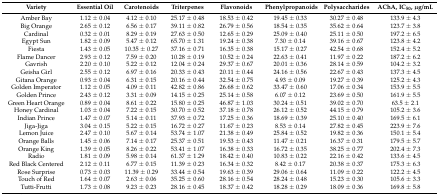
<table><thead><tr><td><b>Variety</b></td><td><b>Essential Oil</b></td><td><b>Carotenoids</b></td><td><b>Triterpenes</b></td><td><b>Flavonoids</b></td><td><b>Phenylpropanoids</b></td><td><b>Polysaccharides</b></td><td><b>AChA, IC<sub>50</sub>, μg/mL</b></td></tr></thead><tbody><tr><td>Amber Bay</td><td>1.12 ± 0.04</td><td>4.12 ± 0.10</td><td>25.17 ± 0.48</td><td>18.53 ± 0.42</td><td>19.45 ± 0.33</td><td>30.27 ± 0.48</td><td>133.9 ± 4.3</td></tr><tr><td>Big Orange</td><td>2.65 ± 0.12</td><td>6.56 ± 0.17</td><td>39.11 ± 0.82</td><td>26.79 ± 0.56</td><td>18.54 ± 0.35</td><td>35.62 ± 0.64</td><td>123.7 ± 3.8</td></tr><tr><td>Cardinal</td><td>0.32 ± 0.01</td><td>8.29 ± 0.19</td><td>27.63 ± 0.50</td><td>12.65 ± 0.29</td><td>25.09 ± 0.40</td><td>25.11 ± 0.50</td><td>197.2 ± 6.5</td></tr><tr><td>Egypt Sun</td><td>1.82 ± 0.09</td><td>5.47 ± 0.12</td><td>65.70 ± 1.31</td><td>19.24 ± 0.38</td><td>7.30 ± 0.14</td><td>39.16 ± 0.67</td><td>123.8 ± 4.2</td></tr><tr><td>Fiesta</td><td>1.43 ± 0.05</td><td>10.35 ± 0.27</td><td>37.16 ± 0.71</td><td>16.35 ± 0.38</td><td>15.17 ± 0.27</td><td>42.54 ± 0.68</td><td>152.4 ± 5.2</td></tr><tr><td>Flame Dancer</td><td>2.93 ± 0.12</td><td>7.59 ± 0.20</td><td>10.28 ± 0.19</td><td>10.52 ± 0.24</td><td>22.63 ± 0.41</td><td>11.97 ± 0.22</td><td>187.2 ± 6.2</td></tr><tr><td>Gavrish</td><td>2.20 ± 0.10</td><td>5.22 ± 0.12</td><td>12.04 ± 0.24</td><td>29.37 ± 0.67</td><td>20.01 ± 0.36</td><td>28.14 ± 0.59</td><td>104.2 ± 3.2</td></tr><tr><td>Geisha Girl</td><td>2.55 ± 0.12</td><td>6.97 ± 0.16</td><td>20.33 ± 0.43</td><td>20.11 ± 0.44</td><td>24.16 ± 0.56</td><td>22.67 ± 0.43</td><td>137.3 ± 4.5</td></tr><tr><td>Gitana Orange</td><td>0.93 ± 0.04</td><td>6.31 ± 0.15</td><td>20.16 ± 0.44</td><td>32.54 ± 0.75</td><td>4.93 ± 0.09</td><td>19.27 ± 0.39</td><td>125.2 ± 4.3</td></tr><tr><td>Golden Imperator</td><td>1.12 ± 0.05</td><td>4.09 ± 0.11</td><td>42.82 ± 0.86</td><td>26.68 ± 0.62</td><td>33.47 ± 0.60</td><td>17.06 ± 0.34</td><td>153.9 ± 5.5</td></tr><tr><td>Golden Prince</td><td>2.43 ± 0.12</td><td>3.31 ± 0.09</td><td>14.15 ± 0.25</td><td>25.14 ± 0.58</td><td>6.07 ± 0.12</td><td>23.69 ± 0.50</td><td>161.9 ± 5.5</td></tr><tr><td>Green Heart Orange</td><td>0.89 ± 0.04</td><td>8.61 ± 0.22</td><td>15.80 ± 0.25</td><td>46.87 ± 1.03</td><td>30.24 ± 0.51</td><td>39.02 ± 0.70</td><td>63.5 ± 2.1</td></tr><tr><td>Honey Cardinal</td><td>1.03 ± 0.04</td><td>7.22 ± 0.15</td><td>30.70 ± 0.52</td><td>37.18 ± 0.78</td><td>26.12 ± 0.52</td><td>44.15 ± 0.79</td><td>105.2 ± 3.6</td></tr><tr><td>Indian Prince</td><td>1.47 ± 0.07</td><td>5.14 ± 0.11</td><td>37.93 ± 0.72</td><td>17.25 ± 0.36</td><td>18.69 ± 0.39</td><td>25.10 ± 0.40</td><td>169.5 ± 6.1</td></tr><tr><td>Jiga-Jiga</td><td>3.04 ± 0.15</td><td>5.22 ± 0.15</td><td>16.72 ± 0.27</td><td>11.67 ± 0.23</td><td>8.53 ± 0.14</td><td>27.82 ± 0.45</td><td>223.9 ± 7.6</td></tr><tr><td>Lemon Juice</td><td>2.47 ± 0.10</td><td>5.67 ± 0.14</td><td>53.74 ± 1.07</td><td>21.38 ± 0.49</td><td>25.84 ± 0.52</td><td>19.82 ± 0.36</td><td>150.1 ± 5.4</td></tr><tr><td>Orange Balls</td><td>1.45 ± 0.06</td><td>7.14 ± 0.17</td><td>25.37 ± 0.51</td><td>19.53 ± 0.43</td><td>11.47 ± 0.21</td><td>16.37 ± 0.31</td><td>179.5 ± 5.7</td></tr><tr><td>Orange King</td><td>1.39 ± 0.05</td><td>8.26 ± 0.22</td><td>53.41 ± 1.07</td><td>16.38 ± 0.33</td><td>16.72 ± 0.35</td><td>38.25 ± 0.77</td><td>202.4 ± 7.3</td></tr><tr><td>Radio</td><td>1.81 ± 0.09</td><td>5.98 ± 0.14</td><td>61.37 ± 1.29</td><td>18.42 ± 0.40</td><td>10.83 ± 0.22</td><td>22.16 ± 0.42</td><td>133.6 ± 4.5</td></tr><tr><td>Red Black Centered</td><td>2.12 ± 0.11</td><td>6.77 ± 0.15</td><td>11.39 ± 0.23</td><td>16.34 ± 0.32</td><td>8.42 ± 0.17</td><td>20.38 ± 0.37</td><td>175.3 ± 6.3</td></tr><tr><td>Rose Surprise</td><td>0.73 ± 0.03</td><td>11.39 ± 0.29</td><td>33.44 ± 0.54</td><td>19.63 ± 0.39</td><td>29.06 ± 0.64</td><td>11.09 ± 0.22</td><td>122.2 ± 4.5</td></tr><tr><td>Touch of Red</td><td>1.64 ± 0.07</td><td>2.63 ± 0.06</td><td>35.25 ± 0.60</td><td>28.16 ± 0.54</td><td>28.24 ± 0.48</td><td>15.23 ± 0.30</td><td>105.6 ± 3.3</td></tr><tr><td>Tutti-Frutti</td><td>1.73 ± 0.08</td><td>9.23 ± 0.23</td><td>28.16 ± 0.45</td><td>18.37 ± 0.42</td><td>18.28 ± 0.29</td><td>18.09 ± 0.36</td><td>169.8 ± 5.8</td></tr></tbody></table>